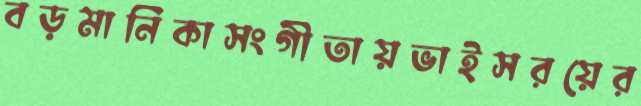
বড়মানিকাসংগীতায়ভাইসরয়ের